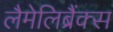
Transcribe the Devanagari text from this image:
लैमेलिब्रैंक्स